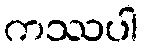
ကဿပါ